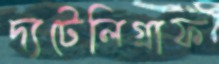
দ্যটেলিগ্রাফ